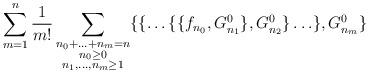
LaTeX: \begin{align*}\sum_{m=1}^{n}\frac{1}{m!}\sum_{\substack{n_0+\ldots+n_m=n\\ n_0\ge0\\n_1,\ldots,n_m\ge1}}\{\{\ldots\{\{f_{n_0},G^0_{n_1}\},G^0_{n_2}\}\ldots\},G^0_{n_m}\}\end{align*}